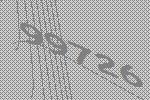
99726